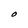
Character: O